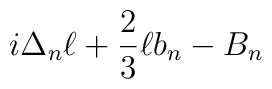
i \Delta_n \ell + {2 \over 3} \ell b_n - B_n